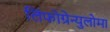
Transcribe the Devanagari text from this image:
लिंफोग्रेन्युलोमा